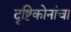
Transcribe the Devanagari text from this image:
दृष्टिकोनांचा